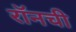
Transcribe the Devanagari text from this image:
रॉनची